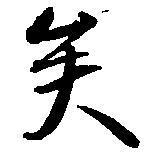
矣